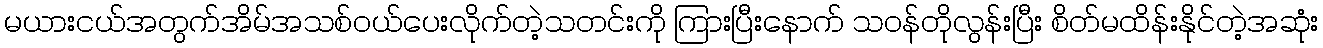
မယားငယ်အတွက်အိမ်အသစ်ဝယ်ပေးလိုက်တဲ့သတင်းကို ကြားပြီးနောက် သဝန်တိုလွန်းပြီး စိတ်မထိန်းနိုင်တဲ့အဆုံး